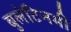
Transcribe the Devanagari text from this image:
बुलेटिनभी